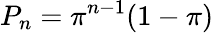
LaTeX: P_{n}=\pi^{n-1}(1-\pi)